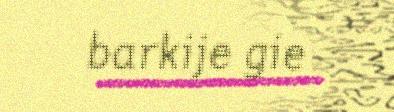
barkije gie